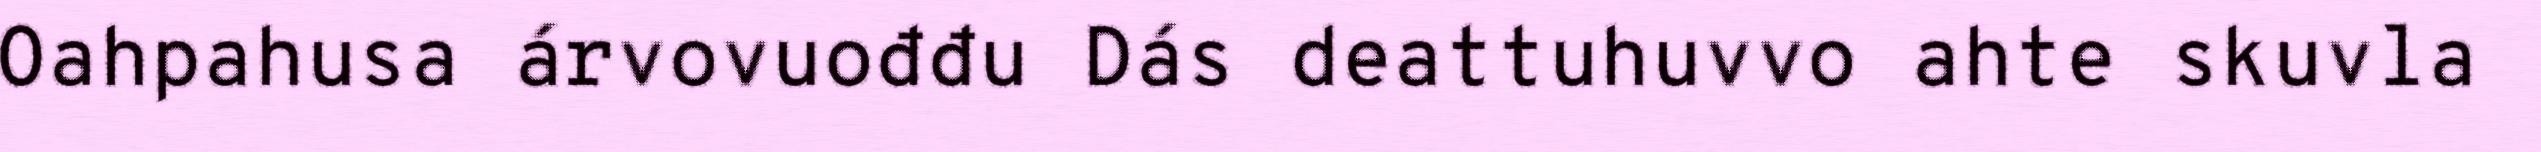
Oahpahusa árvovuođđu Dás deattuhuvvo ahte skuvla